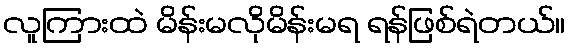
လူကြားထဲ မိန်းမလိုမိန်းမရ ရန်ဖြစ်ရဲတယ်။